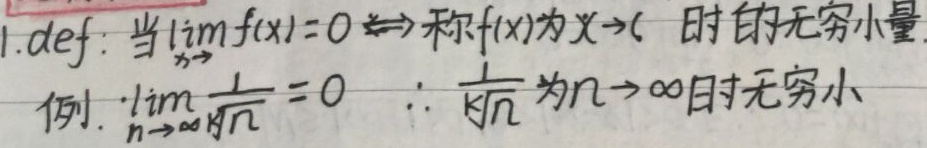
1. def: 当$\lim\limits_{x \to c} f(x)=0 \iff$称$f(x)$为$x \to c$ 时的无穷小量.
例. $\because\lim\limits_{n \to \infty}\frac{1}{\sqrt[n]{n}} = 0$  $\therefore \frac{1}{\sqrt[n]{n}}$为$n \to \infty$时无穷小